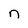
Character: n